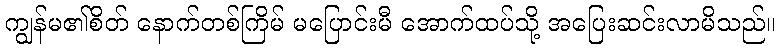
ကျွန်မ၏စိတ် နောက်တစ်ကြိမ် မပြောင်းမီ အောက်ထပ်သို့ အပြေးဆင်းလာမိသည်။